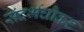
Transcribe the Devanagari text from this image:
संदर्भचौकट